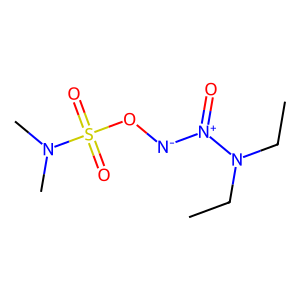
SMILES: CCN(CC)[N+](=O)[N-]OS(=O)(=O)N(C)C
Inhibits HIV replication: No